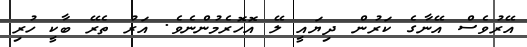
އޭރުވެސް އޭނާގެ ކަރުން ދިޔައީ ލޭ އޮހޮރެމުންނެވެ. އަރު ތެރޭ ބާކީ ހުރި